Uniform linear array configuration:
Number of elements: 48
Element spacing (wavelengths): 0.5
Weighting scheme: binomial
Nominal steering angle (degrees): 60
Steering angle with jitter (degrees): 58.48
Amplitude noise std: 0.05
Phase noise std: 0.05

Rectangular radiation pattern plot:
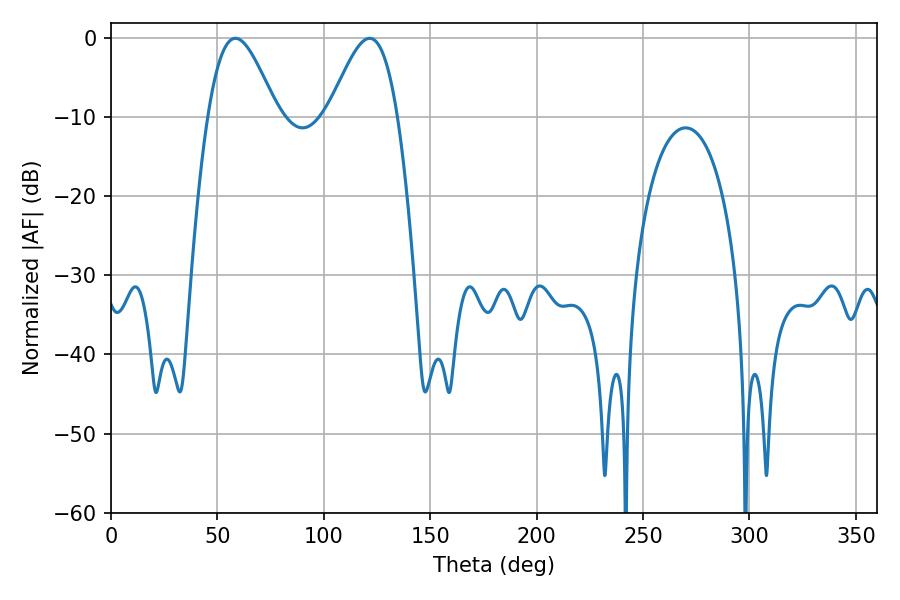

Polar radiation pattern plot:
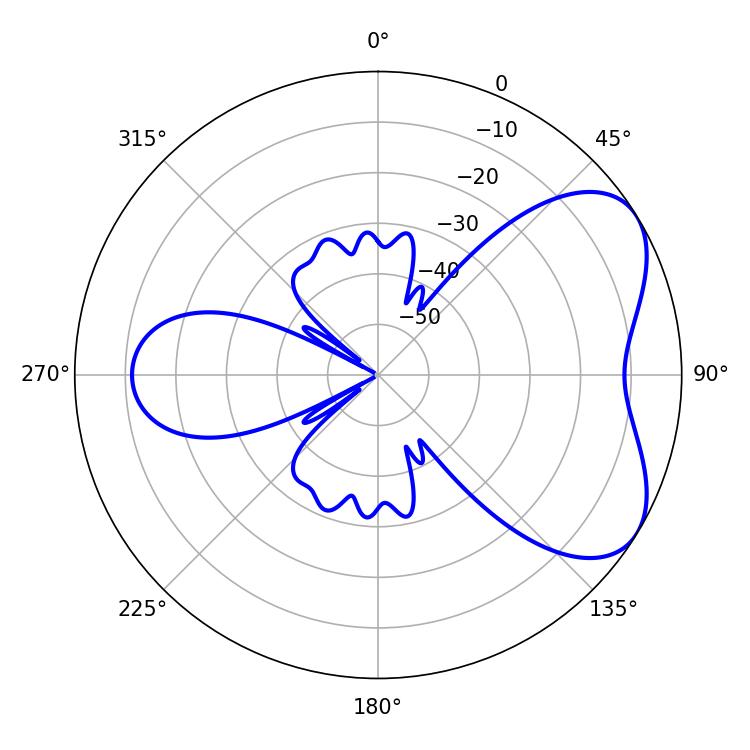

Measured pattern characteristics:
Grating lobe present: FALSE
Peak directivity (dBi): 5.448
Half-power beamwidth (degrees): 17.28
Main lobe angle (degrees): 58.5